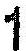
1